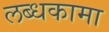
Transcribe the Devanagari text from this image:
लब्धकामा